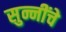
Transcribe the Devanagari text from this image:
सुन्नींचे